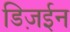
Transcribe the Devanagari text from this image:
डिज़ईन